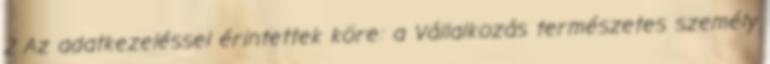
2 Az adatkezeléssel érintettek köre: a Vállalkozás természetes személy